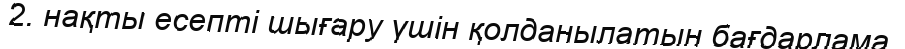
2. нақты есепті шығару үшін қолданылатын бағдарлама.